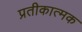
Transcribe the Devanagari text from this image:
प्रतीकात्‍मक